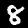
Digit: 8